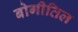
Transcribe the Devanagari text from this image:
बोगीतिल